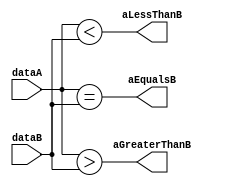
/******************************************************************************
 ** Logisim-evolution goes FPGA automatic generated Verilog code             **
 ** https://github.com/logisim-evolution/                                    **
 **                                                                          **
 ** Component : Comparator                                                   **
 **                                                                          **
 *****************************************************************************/

module Comparator( aEqualsB,
                   aGreaterThanB,
                   aLessThanB,
                   dataA,
                   dataB );

   /*******************************************************************************
   ** Here all module parameters are defined with a dummy value                  **
   *******************************************************************************/
   parameter nrOfBits = 1;
   parameter twosComplement = 1;

   /*******************************************************************************
   ** The inputs are defined here                                                **
   *******************************************************************************/
   input [nrOfBits-1:0] dataA;
   input [nrOfBits-1:0] dataB;

   /*******************************************************************************
   ** The outputs are defined here                                               **
   *******************************************************************************/
   output aEqualsB;
   output aGreaterThanB;
   output aLessThanB;

   /*******************************************************************************
   ** The wires are defined here                                                 **
   *******************************************************************************/
   wire s_signedGreater;
   wire s_signedLess;
   wire s_unsignedGreater;
   wire s_unsignedLess;

   /*******************************************************************************
   ** The module functionality is described here                                 **
   *******************************************************************************/
   assign s_signedLess      = ($signed(dataA) < $signed(dataB));
   assign s_unsignedLess    = (dataA < dataB);
   assign s_signedGreater   = ($signed(dataA) > $signed(dataB));
   assign s_unsignedGreater = (dataA > dataB);

   assign aEqualsB      = (dataA == dataB);
   assign aGreaterThanB = (twosComplement==1) ? s_signedGreater : s_unsignedGreater;
   assign aLessThanB    = (twosComplement==1) ? s_signedLess : s_unsignedLess;

endmodule